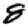
Digit: 8